Sanitation, dispensaries and jails vaccination Rajputana 1922-1927 - 1922-1927
Year: 1922
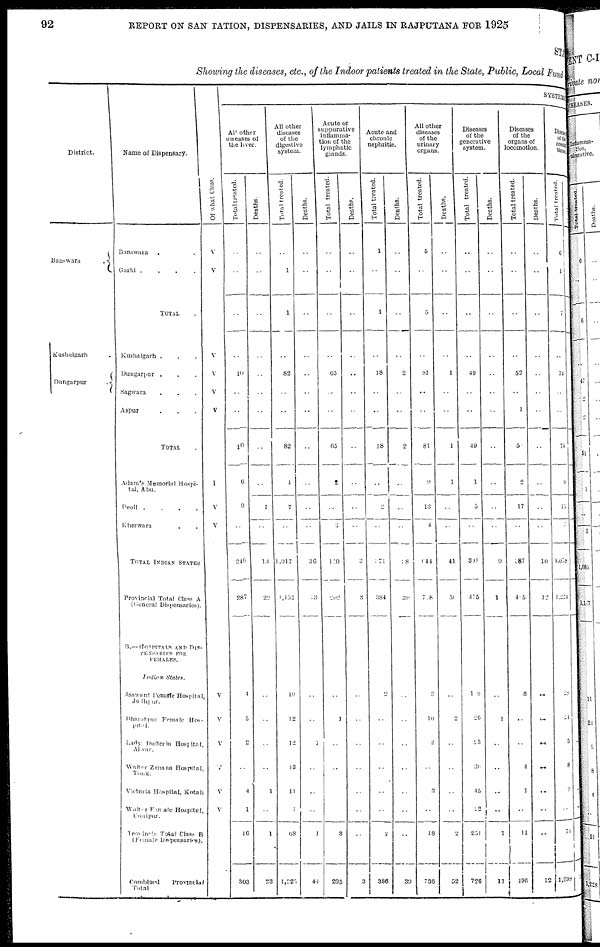
92
REPORT ON SANTATION, DISPENSARIES, AND JAILS IN RAJPUTANA FOR 1925
STAT
Showing the diseases, etc., of the Indoor patients treated in the State, Public, Local Fund
District.
Banswara.
Kushalgarh .
Dungarpur
.
Name of Dispensary.
Banswara. .
Garhi .
.
.
.
TOTAL.
Kushalgarh . . .
Dungarpur . . .
Sagwara . . .
Aspur
.
.
.
TOTAL.
Adam's Memorial Hospi-
tal, Abu.
Deoli .
.
.
.
Kherwara . .
TOTAL INDIAN STATES
Provincial Total Class A
(General Dispensaries).
B.—HOSPITALS AND DIS-
PENSARIES FOR
FEMALES.
Indian
States.
Jaswant Female Hospital.
Jodhpur.
Bharatpur Female Hos-
pital
Lady
Dufferin Hospital
Alwar.
Walter Zenana Hospital,
Tonk.
Victoria Hospital, Kotah
Walter Female
Hospital,
Udaipur.
Provincial Total Class B
(Female Dispensaris).
Combined
Provincial
Total
Of what Class.
V
V
..
V
V
V
V
..
I
V
V
..
..
V
V
V
V
V
V
..
..
SYSTEMATIC
All other
diseases of
the liver.
Total treated.
..
..
..
..
10
..
..
10
6
9
..
246
287
4
5
2
..
4
1
16
303
Deaths.
..
..
..
..
..
..
..
..
..
1
..
14
22
..
..
..
..
l
..
1
23
All other
diseases
of the
digestive
system.
Total treated.
..
1
1
..
82
..
..
82
4
7
..
1,017
1,157
19
12
12
13
11
1
68
1,225
Deaths.
..
..
..
..
..
..
..
..
..
..
..
36
43
..
..
1
..
..
..
1
44
Acute or
uppurative
inflamma-
tion of the
lymphatic
glands.
Total treated.
..
..
..
..
65
..
..
65
2
..
3
100
202
..
1
..
..
..
..
3
205
Deaths.
..
..
..
..
..
..
..
..
..
..
..
3
3
..
..
..
..
..
..
..
3
Acute and
chronic
nephritis.
Total treated.
1
..
1
..
18
..
..
18
..
2
..
171
384
2
..
..
..
..
..
2
386
Deaths.
..
..
..
..
2
..
..
2
..
..
..
18
39
..
..
..
..
..
..
..
39
All other
diseases
of the
urinary
organs.
Total treated.
5
..
5
..
81
..
..
81
9
13
4
644
7.8
3
10
2
..
3
..
18
736
Deaths.
..
..
..
..
1
..
..
1
1
..
..
41
5 0
..
2
..
..
..
..
2
52
Diseases
of the
generative
system.
Total treated.
..
..
..
..
49
..
..
49
1
5
..
391
475
19
26
23
20
45
22
251
726
Deaths.
..
..
..
..
..
..
..
..
..
..
..
9
1
..
1
..
..
..
..
1
11
Diseases
of the
organs of
locomotion.
Total treated.
..
..
..
..
52
..
1
5
2
17
..
387
4.5
6
..
..
4
1
..
11
496
Deaths.
..
..
..
..
..
..
..
..
..
..
..
10
12
..
..
..
..
..
..
..
12
Diseases
of the
areola
tissue.
Total treated.
6
1
7
..
74
..
..
74
9
13
..
1,078
l,224
28
..
5
8
..
..
74
1,298
Deaths.
..
..
..
..
..
..
..
..
..
..
..
..
..
..
..
..
..
..
..
..
..